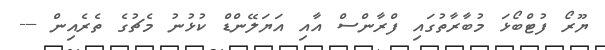
ޔޫރޯ ފުޓްބޯޅަ މުބާރާތުގައި ފްރާންސް އާއި އަޔަލޭންޑް ކުޅުނު މެޗުގެ ތެރެއިން ---